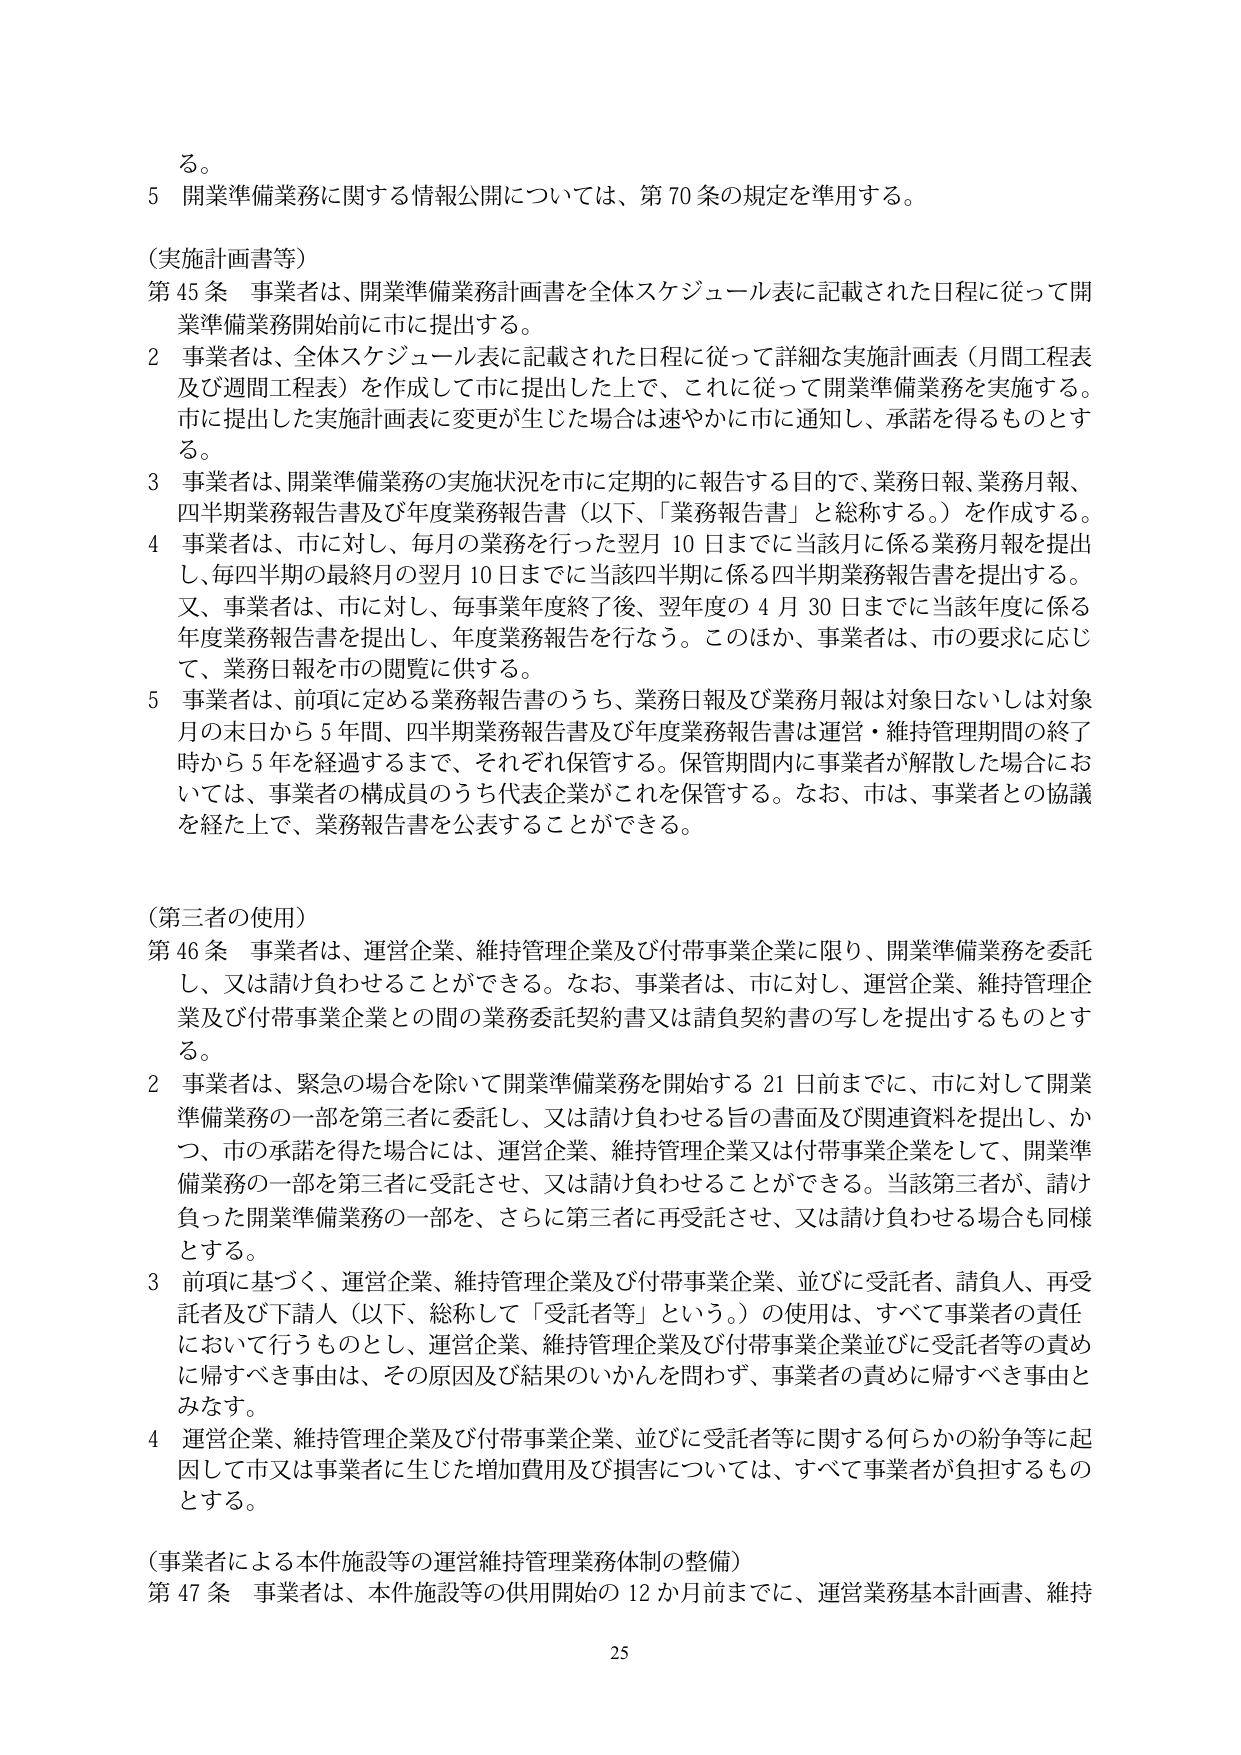
る。

5 開業準備業務に関する情報公開については、第70条の規定を準用する。

（実施計画書等）

第45条 事業者は、開業準備業務計画書を全体スケジュール表に記載された日程に従って開業準備業務開始前に市に提出する。

2 事業者は、全体スケジュール表に記載された日程に従って詳細な実施計画表（月間工程表及び週間工程表）を作成して市に提出した上で、これに従って開業準備業務を実施する。市に提出した実施計画表に変更が生じた場合は速やかに市に通知し、承諾を得るものとする。

3 事業者は、開業準備業務の実施状況を市に定期的に報告する目的で、業務日報、業務月報、四半期業務報告書及び年度業務報告書（以下、「業務報告書」と総称する。）を作成する。

4 事業者は、市に対し、毎月の業務を行った翌月10日までに当該月に係る業務月報を提出し、毎四半期の最終月の翌月10日までに当該四半期に係る四半期業務報告書を提出する。又、事業者は、市に対し、毎事業年度終了後、翌年度の4月30日までに当該年度に係る年度業務報告書を提出し、年度業務報告を行なう。このほか、事業者は、市の要求に応じて、業務日報を市の閲覧に供する。

5 事業者は、前項に定める業務報告書のうち、業務日報及び業務月報は対象日ないしは対象月の末日から5年間、四半期業務報告書及び年度業務報告書は運営・維持管理期間の終了時から5年を経過するまで、それぞれ保管する。保管期間内に事業者が解散した場合においては、事業者の構成員のうち代表企業がこれを保管する。なお、市は、事業者との協議を経た上で、業務報告書を公表することができる。

（第三者の使用）

第46条 事業者は、運営企業、維持管理企業及び付帯事業企業に限り、開業準備業務を委託し、又は請け負わせることができる。なお、事業者は、市に対し、運営企業、維持管理企業及び付帯事業企業との間の業務委託契約書又は請負契約書の写しを提出するものとする。

2 事業者は、緊急の場合を除いて開業準備業務を開始する21日前までに、市に対して開業準備業務の一部を第三者に委託し、又は請け負わせる旨の書面及び関連資料を提出し、かつ、市の承諾を得た場合には、運営企業、維持管理企業又は付帯事業企業をして、開業準備業務の一部を第三者に受託させ、又は請け負わせることができる。当該第三者が、請け負った開業準備業務の一部を、さらに第三者に再受託させ、又は請け負わせる場合も同様とする。

3 前項に基づく、運営企業、維持管理企業及び付帯事業企業、並びに受託者、請負人、再受託者及び下請人（以下、総称して「受託者等」という。）の使用は、すべて事業者の責任において行うものとし、運営企業、維持管理企業及び付帯事業企業並びに受託者等の責めに帰すべき事由は、その原因及び結果のいかんを問わず、事業者の責めに帰すべき事由とみなす。

4 運営企業、維持管理企業及び付帯事業企業、並びに受託者等に関する何らかの紛争等に起因して市又は事業者に生じた増加費用及び損害については、すべて事業者が負担するものとする。

（事業者による本件施設等の運営維持管理業務体制の整備）

第47条 事業者は、本件施設等の供用開始の12か月前までに、運営業務基本計画書、維持

25